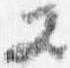
又